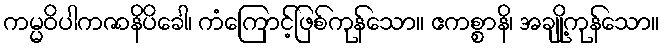
ကမ္မဝိပါကဇာနိပိခေါ၊ ကံကြောင့်ဖြစ်ကုန်သော။ ဧကစ္စာနိ၊ အချို့ကုန်သော။